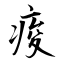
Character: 痠